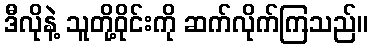
ဒီလိုနဲ့ သူတို့ဝိုင်းကို ဆက်လိုက်ကြသည်။